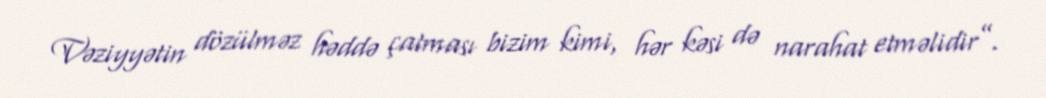
Vəziyyətin dözülməz həddə çatması bizim kimi, hər kəsi də narahat etməlidir”.